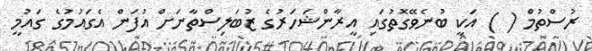
ރުސްތުމް ( ) އަކީ ބުނެވޭގޮތުގައި އީރާންޝަހަރުގެ ޒުބަލިސްތާނަށް އުފަން އެގައުމުގެ ގައުމީ